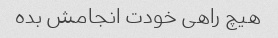
هیچ راهی خودت انجامش بده